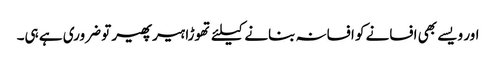
اور ویسے بھی افسانے کو افسانہ بنانے کیلئے تھوڑا ہیر پھیر تو ضروری ہے ہی۔